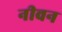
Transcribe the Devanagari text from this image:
नीवन